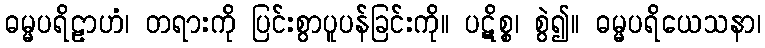
ဓမ္မပရိဠာဟံ၊ တရားကို ပြင်းစွာပူပန်ခြင်းကို။ ပဋိစ္စ၊ စွဲ၍။ ဓမ္မပရိယေသနာ၊